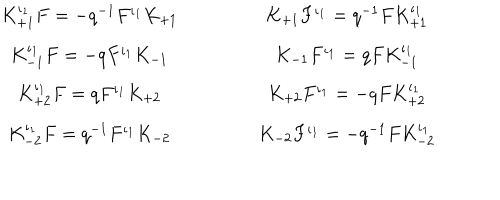
LaTeX: \begin{array} { c } { { K _ { + 1 } ^ { \iota _ { 1 } } F = - q ^ { - 1 } F ^ { \iota _ { 1 } } K _ { + 1 } } } \\ { { K _ { - 1 } ^ { \iota _ { 1 } } F = - q F ^ { \iota _ { 1 } } K _ { - 1 } } } \\ { { K _ { + 2 } ^ { \iota _ { 1 } } F = q F ^ { \iota _ { 1 } } K _ { + 2 } } } \\ { { K _ { - 2 } ^ { \iota _ { 1 } } F = q ^ { - 1 } F ^ { \iota _ { 1 } } K _ { - 2 } } } \\ \end{array} \qquad \qquad \begin{array} { c } { { K _ { + 1 } F ^ { \iota _ { 1 } } = q ^ { - 1 } F K _ { + 1 } ^ { \iota _ { 1 } } } } \\ { { K _ { - 1 } F ^ { \iota _ { 1 } } = q F K _ { - 1 } ^ { \iota _ { 1 } } } } \\ { { K _ { + 2 } F ^ { \iota _ { 1 } } = - q F K _ { + 2 } ^ { \iota _ { 1 } } } } \\ { { K _ { - 2 } F ^ { \iota _ { 1 } } = - q ^ { - 1 } F K _ { - 2 } ^ { \iota _ { 1 } } } } \\ \end{array}